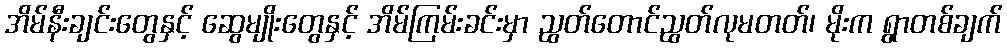
အိမ်နီးချင်းတွေနှင့် ဆွေမျိုးတွေနှင့် အိမ်ကြမ်းခင်းမှာ ညွတ်တောင်ညွတ်လုမတတ်၊ မိုးက ရွာတစ်ချက်